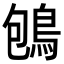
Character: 𪀀